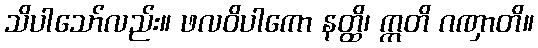
သိပါသော်လည်း။ ဖလဝိပါကော နတ္ထိ၊ ဣတိ ဂဏှာတိ။